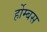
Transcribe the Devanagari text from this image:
र्होम्बस